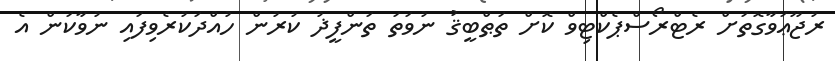
ރުޖޫޢަވާގޮތަށް ރެޓްރޯސްޕެކްޓިވް ކޮށް ތަޠްބީޤު ނުވަތަ ތަންފީޛު ކުރުން ހުއްދަކުރެވިފައި ނުވާކަން އެ